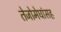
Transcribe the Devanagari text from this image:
तेजोमेघांसह